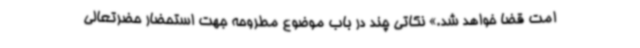
امت قضا خواهد شد.» نکاتی چند در باب موضوع مطروحه جهت استحضار حضرتعالی